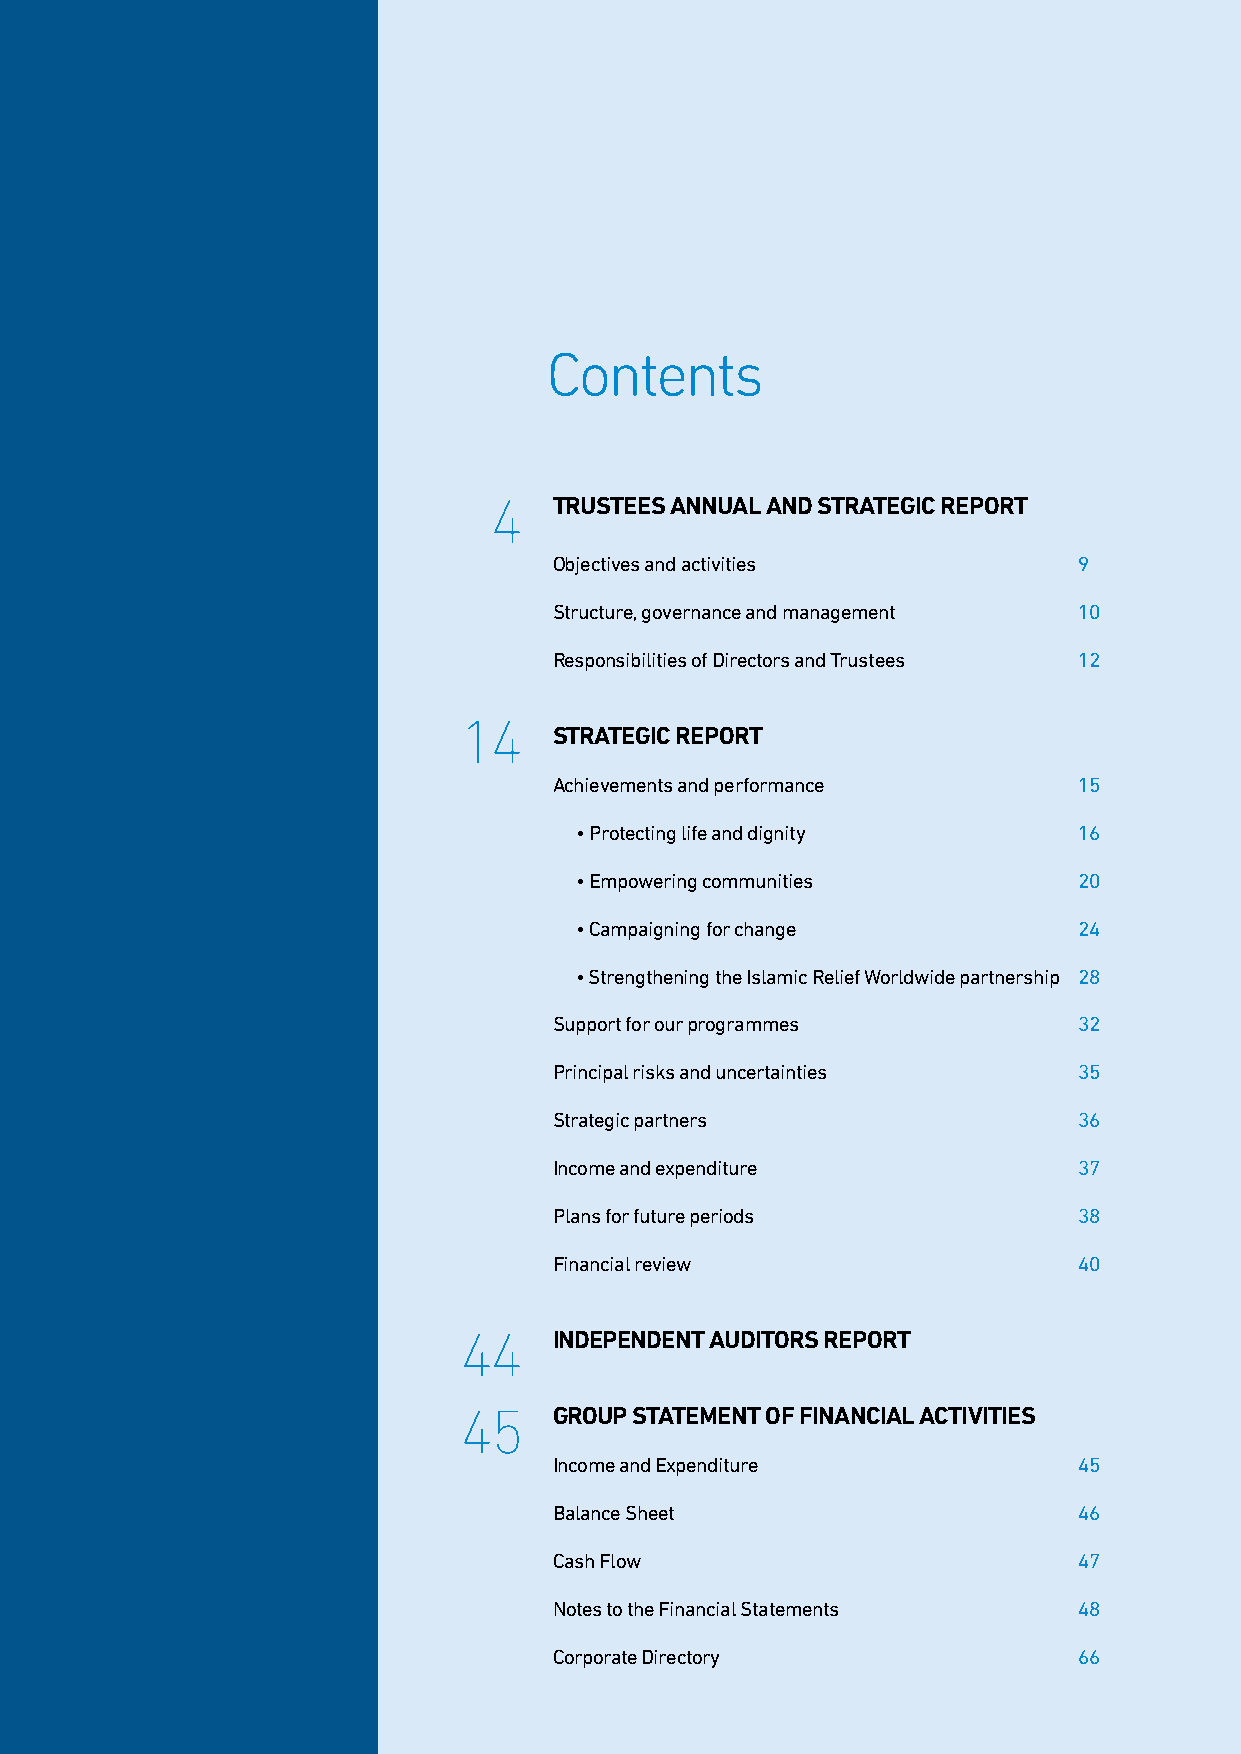
Contents
 4    TRUSTEES ANNUAL AND STRATEGIC REPORT
 Objectives and activities         9
 Structure, governance and management 10
 Responsibilities of Directors and Trustees 12
 14
 STRATEGIC REPORT
 Achievements and performance      15
 • Protecting life and dignity    16
 • Empowering communities         20
 • Campaigning for change         24
 • Strengthening the Islamic Relief Worldwide partnership 28
 Support for our programmes        32
 Principal risks and uncertainties 35
 Strategic partners                36
 Income and expenditure            37
 Plans for future periods          38
 Financial review                  40
 44     INDEPENDENT AUDITORS REPORT
 45     GROUP STATEMENT OF FINANCIAL ACTIVITIES
 Income and Expenditure            45
 Balance Sheet                     46
 Cash Flow                         47
 Notes to the Financial Statements 48
 Corporate Directory               66
 3